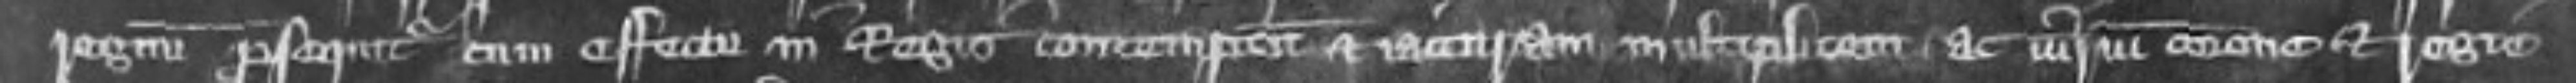
regnum prosequitur eum effectu in Regis contemptum et iacituram multiplicem ac virum corone et Regie